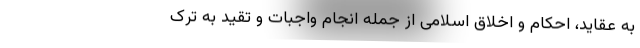
به عقاید، احکام و اخلاق اسلامی از جمله ‌انجام واجبات و تقید به ترک